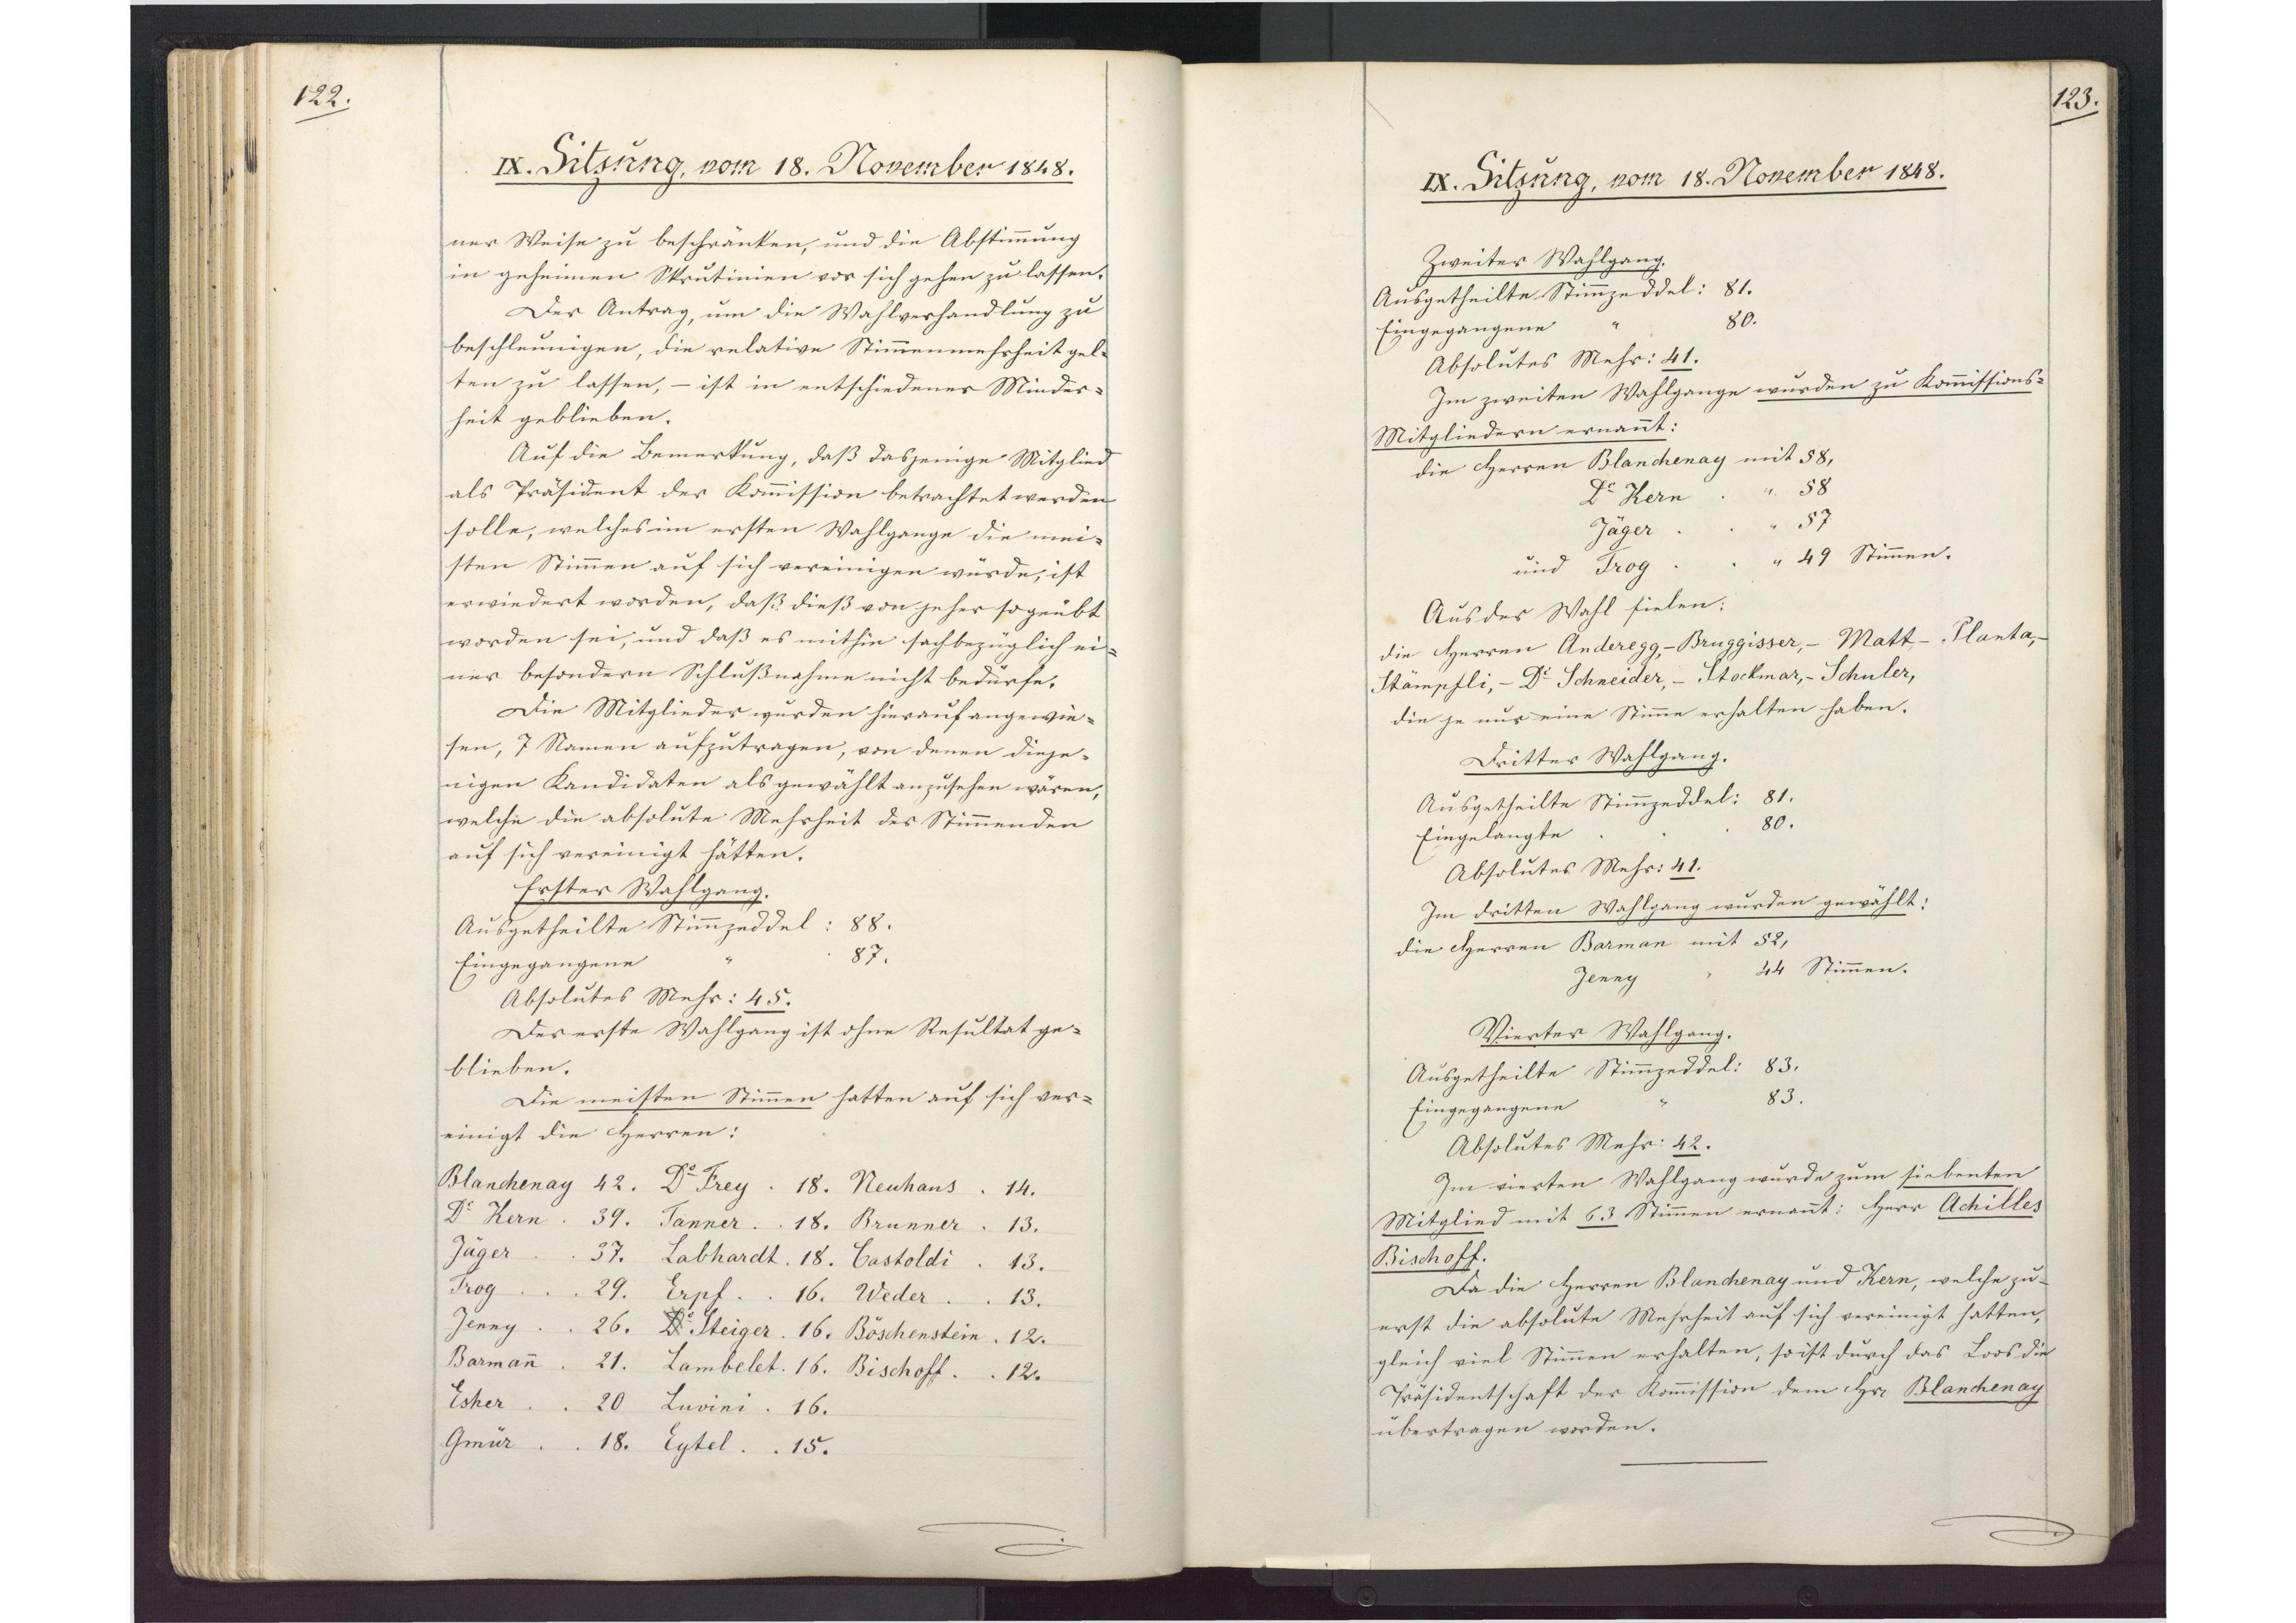
122.

IX. Sitzung, vom 18. November 1848.

ner Weise zu beschränken, und die Abstimmung
in geheimen Skrutinien vor sich gehen zu lassen.
Der Antrag, um die Wahlverhandlung zu
beschleunigen, die relative Stimmenmehrheit gel¬
ten zu lassen, - ist in entschiedener Minder¬
heit geblieben.
Auf die Bemerkung, daß dasjenige Mitglied
als Präsident der Kommission betrachtet werden
solle, welches im ersten Wahlgange die mei¬
sten Stimmen auf sich vereinigen würde, ist
erwiedert worden, daβ dieß von jeher so geübt
worden sei, und daß es mithin sachbezüglich ei¬
ner besondern Schlußnahme nicht bedürfe.
Die Mitglieder wurden hierauf angewie¬
sen, 7 Namen aufzutragen, von denen dieje¬
nigen Kandidaten als gewählt anzusehen wären,
welche die absolute Mehrheit des Stimmenden
auf sich vereinigt hätten.
Erster Wahlgang
Ausgetheilte Stimmzeddel: 88.
Eingegangene Stimmzeddel: 87.
Absolutes Mehr: 45.
Der erste Wahlgang ist ohne Resultat ge¬
blieben.
Die meisten Stimmen hatten auf sich ver¬
einigt die Herren:
Blanchenay 42. Dr. Frey 18. Neuhaus 14.
Dr. Kern 39. Tanner 18. Brunner 13.
Jäger 37. Labhardt 18. Castoldi 13.
Trog 29. Erpf 16. Weder 13.
Jenny 26. Dr. Steiger 16. Böschenstein 12.
Barmann 21. Lambelet 16. Bischoff 12.
Escher 20. Luvini 16.
Gmür 18. Eytel 15.

123.

IX. Sitzung, vom 18. November 1848.

Zweiter Wahlgang.
Ausgetheilte Stimmzeddel: 81.
Eingegangene Stimmzeddel: 80.
Absolutes Mehr: 41.
Im zweiten Wahlgange wurden zu Kommissions-
Mitgliedern ernannt:
die Herren Blanchenay mit 58,
Dr. Kern mit 58
Jäger mit 57
und Trog mit 49 Stimmen.
Aus der Wahl fielen:
die Herren Anderegg, Bruggisser, Matt, Planta,
Stämpfli, Dr. Schneider, Stockmar, Schuler,
die je nur eine Stimme erhalten haben.
Dritter Wahlgang
Ausgetheilte Stimmzeddel: 81.
Eingelangte Stimmzeddel: 80.
Absolutes Mehr: 41.
Im dritten Wahlgang wurden gewählt:
die Herren Barman mit 52,
Jenny mit 44 Stimmen.
Vierter Wahlgang.
Ausgetheilte Stimmzeddel: 83.
Eingegangene Stimmzeddel: 83.
Absolutes Mehr: 42.
Im vierten Wahlgang wurde zum siebenten
Mitglied mit 63 Stimmen ernannt: Herr Achilles
Bischoff.
Da die Herren Blanchenay und Kern, welche zu¬
zerst die absolute Mehrheit auf sich vereinigt hatten,
gleich viel Stimmen erhalten, so ist durch das Loos die
Präsidentschaft der Kommission dem Hr. Blanchenay
übertragen worden.